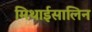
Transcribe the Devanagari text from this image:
मिथाईसालिन